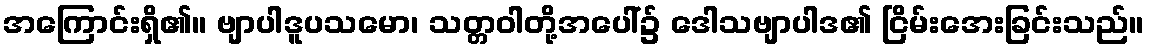
အကြောင်းရှိ၏။ ဗျာပါဒူပသမော၊ သတ္တဝါတို့အပေါ်၌ ဒေါသဗျာပါဒ၏ ငြိမ်းအေးခြင်းသည်။